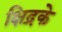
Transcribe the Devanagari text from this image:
क्षिद्रके